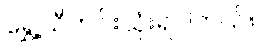
ရွှေ့သီတင်းသုံးရပါတယ်။